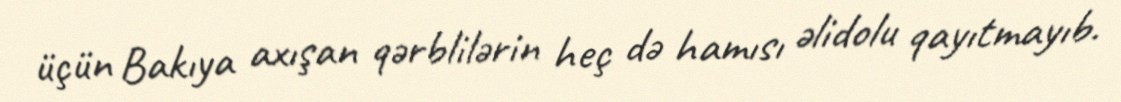
üçün Bakıya axışan qərblilərin heç də hamısı əlidolu qayıtmayıb.